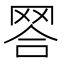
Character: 𦊪